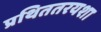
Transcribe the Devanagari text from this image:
प्रथिततरयशा